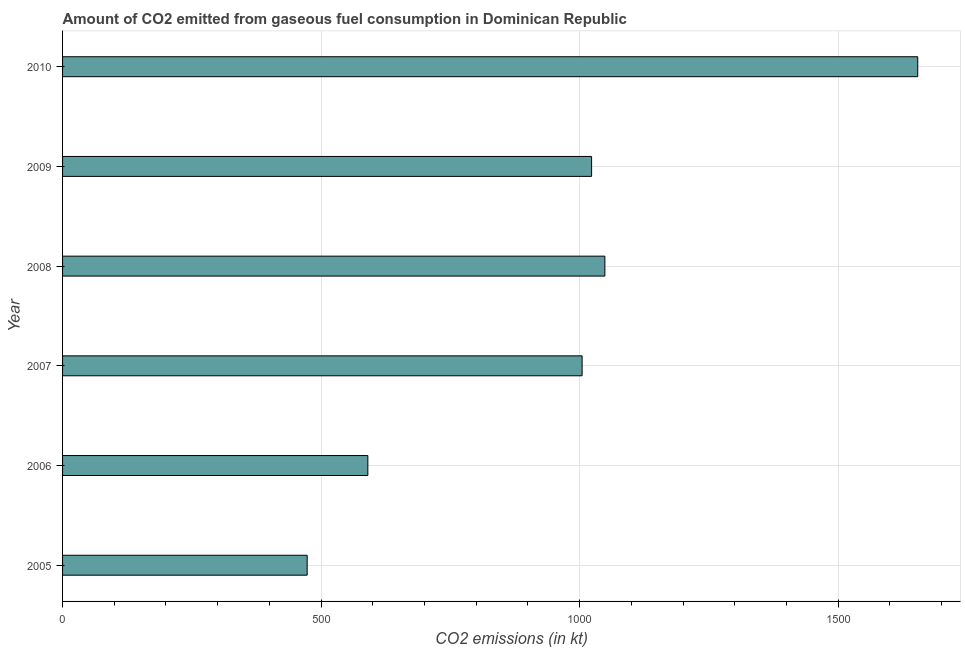
| Year | CO2 emissions from gaseous fuel consumption |
 | --- | --- |
 | 2005 | 473 |
 | 2006 | 590 |
 | 2007 | 1e+03 |
 | 2008 | 1.05e+03 |
 | 2009 | 1.02e+03 |
 | 2010 | 1.65e+03 |